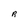
Character: R